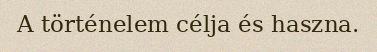
A történelem célja és haszna.